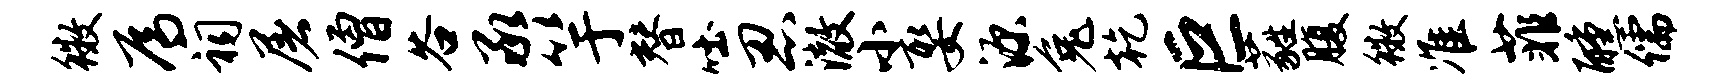
徽焉祠屠僧谷承竽替吐忍澈小娶源兔乾巨蕤腹徽准菲醺儒